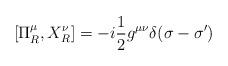
LaTeX: \begin{align*}\left[\Pi^\mu_R, X^\nu_R\right]=-i\frac12g^{\mu\nu}\delta(\sigma-\sigma')\end{align*}